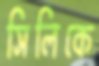
সিলিকে